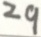
2 9